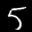
Label: 5